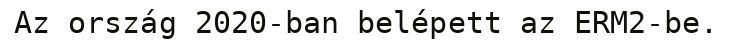
Az ország 2020-ban belépett az ERM2-be.